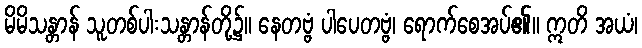
မိမိသန္တာန် သူတစ်ပါးသန္တာန်တို့၌။ နေတဗ္ဗံ ပါပေတဗ္ဗံ၊ ရောက်စေအပ်၏။ ဣတိ အယံ၊